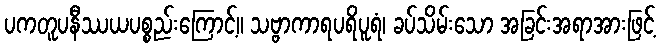
ပကတူပနီဿယပစ္စည်းကြောင့်။ သဗ္ဗာကာရပရိပူရံ၊ ခပ်သိမ်းသော အခြင်းအရာအားဖြင့်